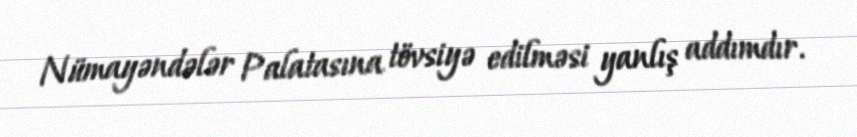
Nümayəndələr Palatasına tövsiyə edilməsi yanlış addımdır.